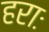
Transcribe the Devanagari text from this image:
हराः